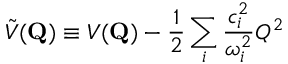
\tilde { V } ( \mathbf { { Q } } ) \equiv V ( \mathbf { { Q } } ) - \frac { 1 } { 2 } \sum _ { i } \frac { c _ { i } ^ { 2 } } { \omega _ { i } ^ { 2 } } Q ^ { 2 }